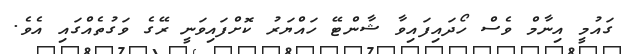
ގައުމީ އިނާމް ވެސް ހޯދައިފައިވާ ޝާންޓޭ ހައްޔަރު ކޮށްފައިވަނީ ރޭގެ ވަގުތެއްގައި އެވެ.